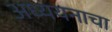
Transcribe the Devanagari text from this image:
अध्ययनाचा